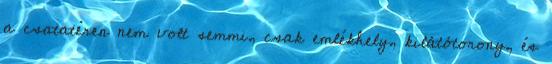
a csatatéren nem volt semmi, csak emlékhely, kilátótorony, és